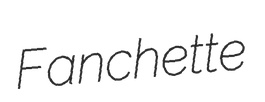
Fanchette